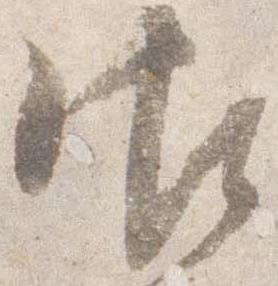
御